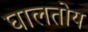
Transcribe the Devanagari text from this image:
घालतोय